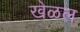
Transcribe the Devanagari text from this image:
खेळल